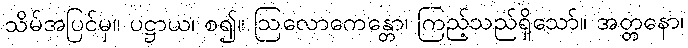
သိမ်အပြင်မှ။ ပဋ္ဌာယ၊ စ၍။ ဩလောကေန္တော၊ ကြည့်သည်ရှိသော်။ အတ္တနော၊